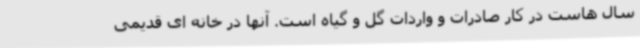
سال هاست در کار صادرات و واردات گل و گیاه است. آنها در خانه ای قدیمی